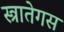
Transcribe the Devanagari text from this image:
स्त्रातेगस